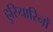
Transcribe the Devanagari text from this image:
हुरियारिनों